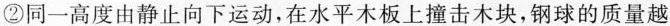
②同一高度由静止向下运动，在水平木板上撞击木块，钢球的质量越